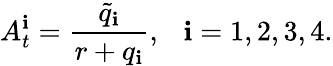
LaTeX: A_{t}^{\mathbf{i}}=\frac{{\tilde{{q}}_{\mathbf{i}}}}{{r+q_{\mathbf{i}}}},\ \ \ \mathbf{i}=1,2,3,4.